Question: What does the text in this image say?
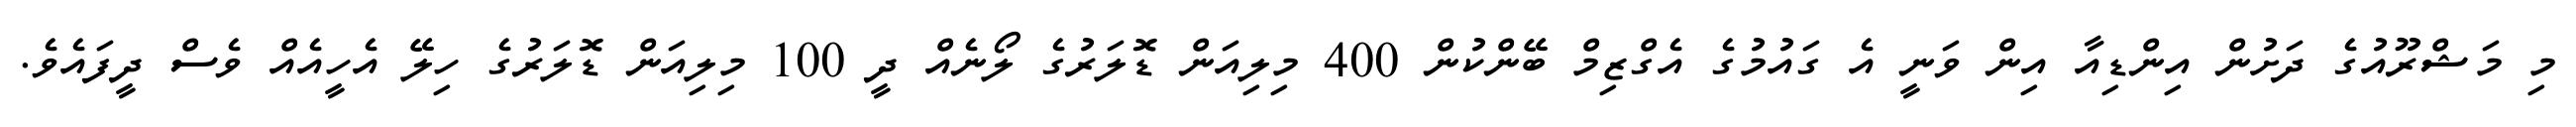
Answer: މި މަޝްރޫއުގެ ދަށުން އިންޑިއާ އިން ވަނީ އެ ގައުމުގެ އެގްޒިމް ބޭންކުން 400 މިލިއަން ޑޮލަރުގެ ލޯނެއް ދީ 100 މިލިއަން ޑޮލަރުގެ ހިލޭ އެހީއެއް ވެސް ދީފައެވެ.